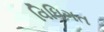
વિધિગત